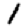
Digit: 1